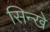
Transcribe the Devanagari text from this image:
सिन्खे